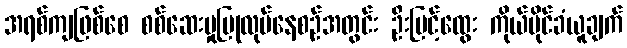
အရစ်ကျဖြစ်စေ စစ်ဆေးမှုပြုလုပ်နေစဉ်အတွင်း ဦးမြင့်ထွေး ကိုယ်ပိုင်ခံယူချက်